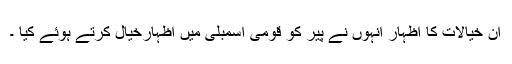
ان خیالات کا اظہار انہوں نے پیر کو قومی اسمبلی میں اظہارخیال کرتے ہوئے کیا ۔